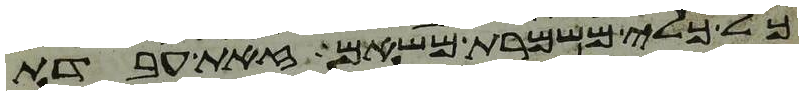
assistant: כל כלי משמרת משאם זאת עבדת